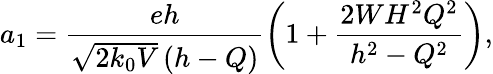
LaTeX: a_{1}=\frac{eh}{\sqrt{2k_{0}V}\left(h-Q\right)}\left(1+\frac{2WH^{2}Q^{2}}{h^{2}-Q^{2}}\right),